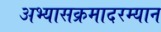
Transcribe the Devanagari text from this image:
अभ्यासक्रमादरम्यान